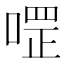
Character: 𱓳